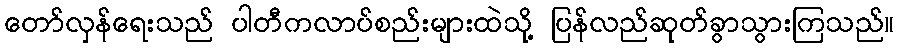
တော်လှန်ရေးသည် ပါတီကလာပ်စည်းများထဲသို့ ပြန်လည်ဆုတ်ခွာသွားကြသည်။